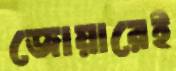
জোয়ারেই